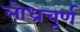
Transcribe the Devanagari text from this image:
लोध्रचूर्ण